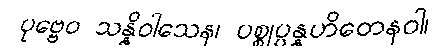
ပုဗ္ဗေဝ သန္နိဝါသေန၊ ပစ္စုပ္ပန္နဟိတေနဝါ၊